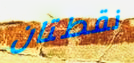
نقطتان